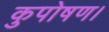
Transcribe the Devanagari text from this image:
कुपोषण।